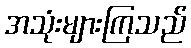
အသုံးများကြသည်